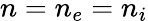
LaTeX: n=n_{e}=n_{i}